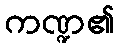
ကဏ္ဍ၏